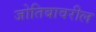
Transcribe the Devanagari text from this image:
जोतिबावरील